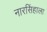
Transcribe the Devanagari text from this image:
नारसिंहाला